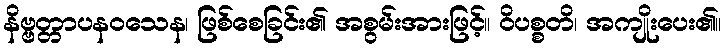
နိဗ္ဗတ္တာပနဝသေန၊ ဖြစ်စေခြင်း၏ အစွမ်းအားဖြင့်။ ဝိပစ္စတိ၊ အကျိုးပေး၏။